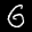
Label: 6